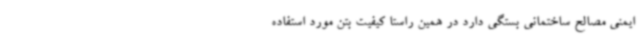
ایمنی مصالح ساختمانی بستگی دارد در همین راستا کیفیت بتن مورد استفاده